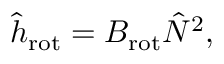
\hat { h } _ { \mathrm { r o t } } = B _ { \mathrm { r o t } } \hat { N } ^ { 2 } ,